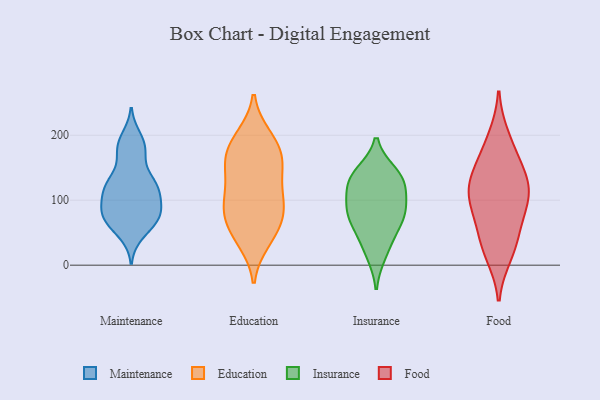
{"axis": {"x": "Tickets Resolved", "y": "Value"}, "legend": ["Education", "Food", "Insurance", "Maintenance"], "data": [{"x": "", "y": 184, "type": "Maintenance"}, {"x": "", "y": 197, "type": "Maintenance"}, {"x": "", "y": 86, "type": "Maintenance"}, {"x": "", "y": 103, "type": "Maintenance"}, {"x": "", "y": 47, "type": "Maintenance"}, {"x": "", "y": 96, "type": "Maintenance"}, {"x": "", "y": 119, "type": "Maintenance"}, {"x": "", "y": 81, "type": "Maintenance"}, {"x": "", "y": 120, "type": "Maintenance"}, {"x": "", "y": 179, "type": "Maintenance"}, {"x": "", "y": 63, "type": "Maintenance"}, {"x": "", "y": 69, "type": "Maintenance"}, {"x": "", "y": 166, "type": "Maintenance"}, {"x": "", "y": 70, "type": "Maintenance"}, {"x": "", "y": 127, "type": "Maintenance"}, {"x": "", "y": 129, "type": "Maintenance"}, {"x": "", "y": 78, "type": "Maintenance"}, {"x": "", "y": 126, "type": "Maintenance"}, {"x": "", "y": 112, "type": "Education"}, {"x": "", "y": 198, "type": "Education"}, {"x": "", "y": 50, "type": "Education"}, {"x": "", "y": 194, "type": "Education"}, {"x": "", "y": 75, "type": "Education"}, {"x": "", "y": 82, "type": "Education"}, {"x": "", "y": 98, "type": "Education"}, {"x": "", "y": 45, "type": "Education"}, {"x": "", "y": 161, "type": "Education"}, {"x": "", "y": 184, "type": "Education"}, {"x": "", "y": 168, "type": "Education"}, {"x": "", "y": 132, "type": "Education"}, {"x": "", "y": 156, "type": "Education"}, {"x": "", "y": 150, "type": "Education"}, {"x": "", "y": 37, "type": "Education"}, {"x": "", "y": 80, "type": "Education"}, {"x": "", "y": 96, "type": "Education"}, {"x": "", "y": 86, "type": "Insurance"}, {"x": "", "y": 74, "type": "Insurance"}, {"x": "", "y": 141, "type": "Insurance"}, {"x": "", "y": 128, "type": "Insurance"}, {"x": "", "y": 43, "type": "Insurance"}, {"x": "", "y": 18, "type": "Insurance"}, {"x": "", "y": 73, "type": "Insurance"}, {"x": "", "y": 124, "type": "Insurance"}, {"x": "", "y": 135, "type": "Insurance"}, {"x": "", "y": 91, "type": "Insurance"}, {"x": "", "y": 75, "type": "Food"}, {"x": "", "y": 113, "type": "Food"}, {"x": "", "y": 29, "type": "Food"}, {"x": "", "y": 124, "type": "Food"}, {"x": "", "y": 17, "type": "Food"}, {"x": "", "y": 102, "type": "Food"}, {"x": "", "y": 46, "type": "Food"}, {"x": "", "y": 173, "type": "Food"}, {"x": "", "y": 131, "type": "Food"}, {"x": "", "y": 95, "type": "Food"}, {"x": "", "y": 196, "type": "Food"}, {"x": "", "y": 145, "type": "Food"}]}